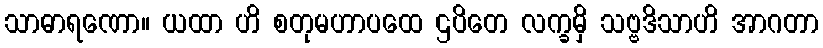
သာဓာရဏော။ ယထာ ဟိ စတုမဟာပထေ ဌပိတေ လက္ခမှိ သဗ္ဗဒိသာဟိ အာဂတာ